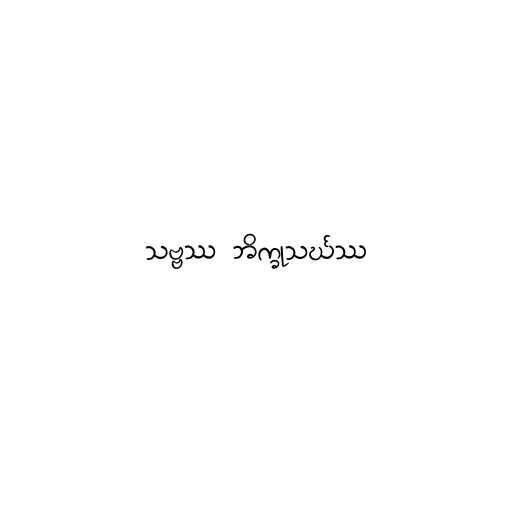
သဗ္ဗဿ ဘိက္ခုသင်္ဃဿ